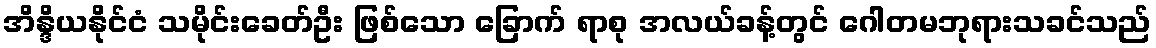
အိန္ဒိယနိုင်ငံ သမိုင်းခေတ်ဦး ဖြစ်သော ခြောက် ရာစု အလယ်ခန့်တွင် ဂေါတမဘုရားသခင်သည်